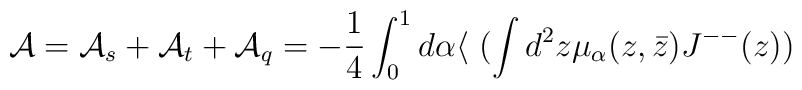
{\cal A} = {\cal A}_s + {\cal A}_t + {\cal A}_q=-\frac{1}{4} \int_0^1 d \alpha \langle~(\int d^2 z \mu_{\alpha}(z,\bar z) J^{--}(z))